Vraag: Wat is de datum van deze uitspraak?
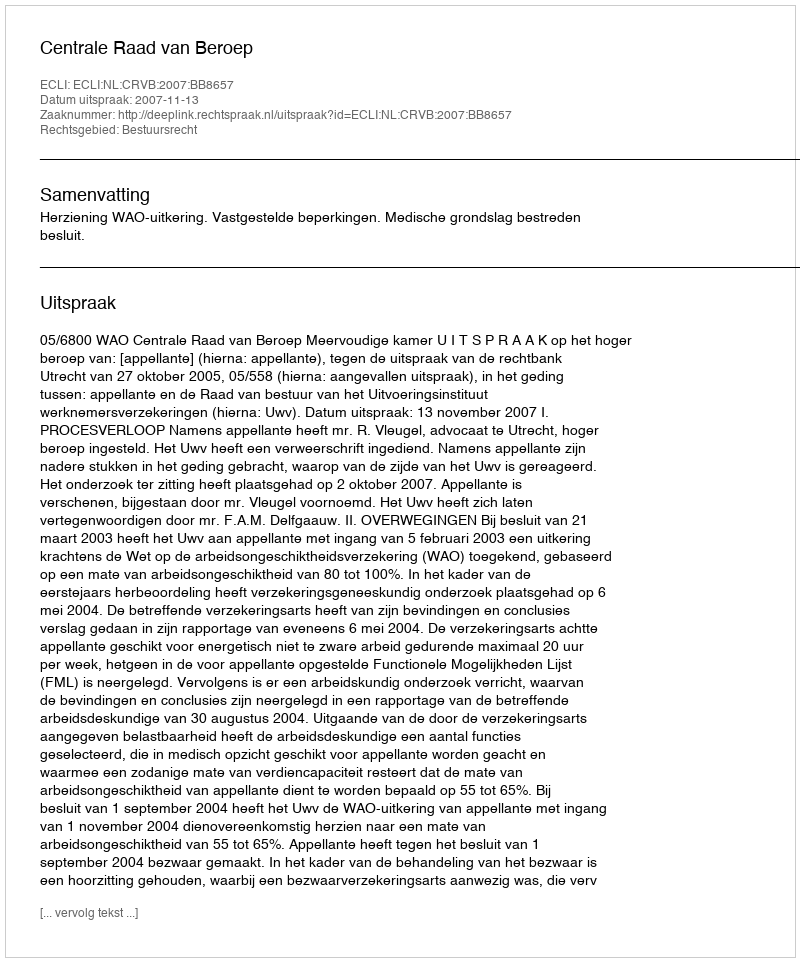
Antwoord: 2007-11-13